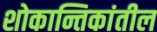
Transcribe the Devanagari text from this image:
शोकान्तिकांतील